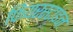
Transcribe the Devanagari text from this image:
फियरस्टाइन